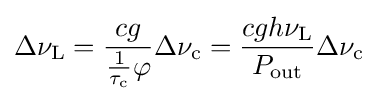
\Delta \nu _{\rm {L}}={\frac {cg}{{\frac {1}{\tau _{\rm {c}}}}\varphi }}\Delta \nu _{\rm {c}}={\frac {cgh\nu _{\rm {L}}}{P_{\rm {out}}}}\Delta \nu _{\rm {c}}